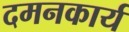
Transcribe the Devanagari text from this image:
दमनकार्य